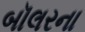
બૉલરના